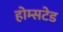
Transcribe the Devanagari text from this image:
होम्सटेड